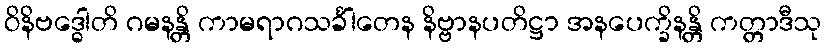
ဝိနိဗဒ္ဓေါတိ ဂမနန္တိ ကာမရာဂသင်္ခါတေန နိဗ္ဗာနပတိဋ္ဌာ အနပေက္ခိနန္တိ ကတ္တာဒီသု